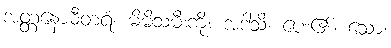
အတ္တနောဓီတရံ၊ မိမိသမီးကို။ အဒါသိ၊ ပေး၏။ သော၊